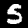
Digit: 5